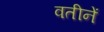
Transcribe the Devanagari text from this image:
वतीनें